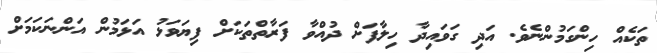
ތަކެއް ހިންގަމުންނެވެ. އަދި ގަވައިދާ ހިލާފަށް ދުއްވާ ފަރާތްތަކަށް ފިޔަވަޅު އަޅަމުން އަންނަކަމަށް